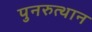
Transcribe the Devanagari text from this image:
पुनरुत्‍थान